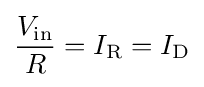
{\frac {V_{\text{in}}}{R}}=I_{\text{R}}=I_{\text{D}}